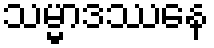
သမ္မာဒဿနေ